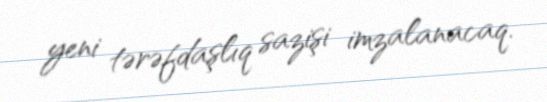
yeni tərəfdaşlıq sazişi imzalanacaq.